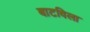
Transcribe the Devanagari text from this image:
बाटविला